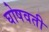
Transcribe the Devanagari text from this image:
घोषवती